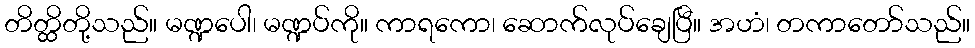
တိတ္ထိတို့သည်။ မဏ္ဍပေါ၊ မဏ္ဍပ်ကို။ ကာရကော၊ ဆောက်လုပ်ချေပြီ။ အဟံ၊ တကာတော်သည်။